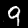
Label: 9